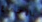
بالإجماع